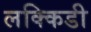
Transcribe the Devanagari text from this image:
लक्किडी